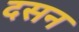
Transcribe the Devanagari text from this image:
दसन